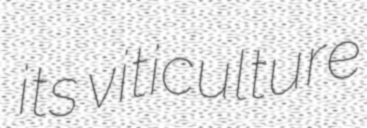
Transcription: its viticulture